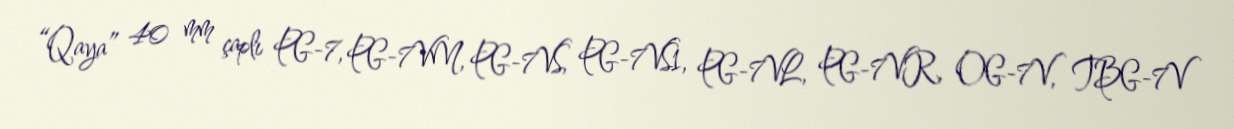
“Qaya” 40 mm çaplı PG-7, PG-7VM, PG-7VS, PG-7VS1, PG-7VL, PG-7VR, OG-7V, TBG-7V